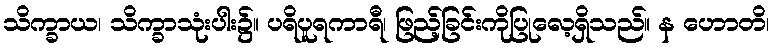
သိက္ခာယ၊ သိက္ခာသုံးပါး၌။ ပရိပူရကာရီ၊ ဖြည့်ခြင်းကိုပြုလေ့ရှိသည်။ န ဟောတိ၊